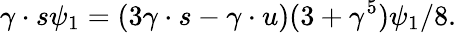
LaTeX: \gamma\cdot s\psi_{1}=(3\gamma\cdot s-\gamma\cdot u)(3+\gamma^{5})\psi_{1}/8.